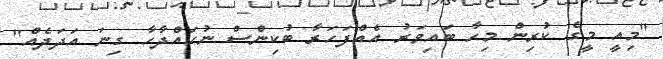
"މިއީ މީގެ ކުރިން މިހާ ބައިވަރު އެއްފަހަރާ ބުކިންސް ނުހައްދާހާ ގިނަ އަދަދެއް"